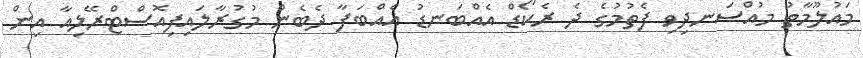
މައުލޫމާތު މުއްސަނދިވި ފެތުމުގެ ދެ ރެކޯޑް އެއްބަނޑު އެއްބަފާ ދެބެން މުގުރާލައިފިއޮސްޓްރޭލިއާ އިން